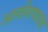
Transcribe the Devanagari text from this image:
अलोंगपाया